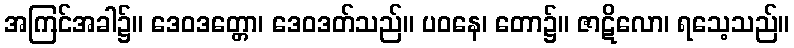
အကြင်အခါ၌။ ဒေဝဒတ္တော၊ ဒေဝဒတ်သည်။ ပဝနေ၊ တော၌။ ဇာဋိလော၊ ရသေ့သည်။